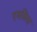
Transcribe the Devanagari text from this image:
एमसिस